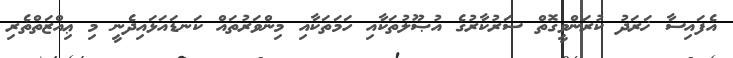
އެފައިސާ ޚަރަދު ކުރަންވީގޮތް ސަރުކާރުގެ އުޞޫލުތަކާއި ހަމަތަކާއި މިންވަރުތައް ކަނޑައަޅައިދެނީ މި ޢިއްޒަތްތެރި